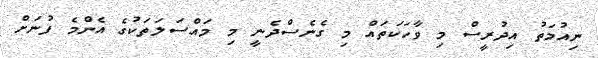
ނިއުމަތު އިދުރީސް މި ވާހަކަތައް މި ގެނެސްދެނީ މި މައްސަލަތަކުގެ އެންމެ ފުނަށް